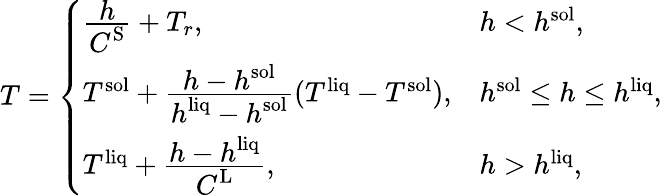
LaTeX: \begin{array}{r}{T=\left\{ \begin{array}{ll}{\frac{\displaystyle h}{\displaystyle C^{\mathrm{S}}}+T_{r},}&{h<h^{\mathrm{sol}},}\\ {T^{\mathrm{sol}}+\frac{\displaystyle h-h^{\mathrm{sol}}}{\displaystyle h^{\mathrm{liq}}-h^{\mathrm{sol}}}(T^{\mathrm{liq}}-T^{\mathrm{sol}}),}&{h^{\mathrm{sol}}\le h\le h^{\mathrm{liq}},}\\ {T^{\mathrm{liq}}+\frac{\displaystyle h-h^{\mathrm{liq}}}{\displaystyle C^{\mathrm{L}}},}&{h>h^{\mathrm{liq}},}\end{array}\right.}\end{array}